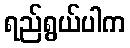
ရည်ရွယ်ပါက